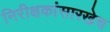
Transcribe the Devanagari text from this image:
निरीक्षकांसारखेच